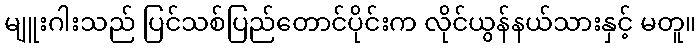
မျူးဂါးသည် ပြင်သစ်ပြည်တောင်ပိုင်းက လိုင်ယွန်နယ်သားနှင့် မတူ။